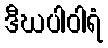
ဒီဃပါဝါရံ